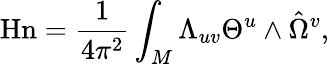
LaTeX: \mathrm{Hn}={\frac{1}{4\pi^{2}}}\int_{M}\Lambda_{uv}\Theta^{u}\wedge\hat{\Omega}^{v},